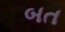
બત